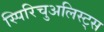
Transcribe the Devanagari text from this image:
स्पिरिचुअलिस्ट्स